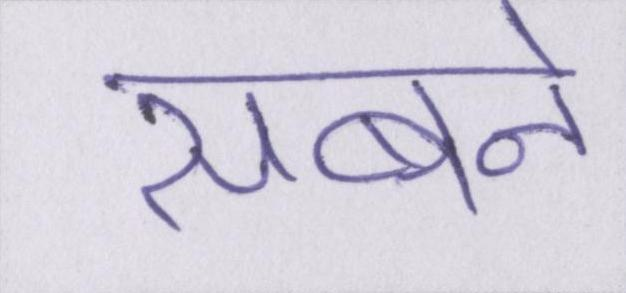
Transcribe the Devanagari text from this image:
सबने